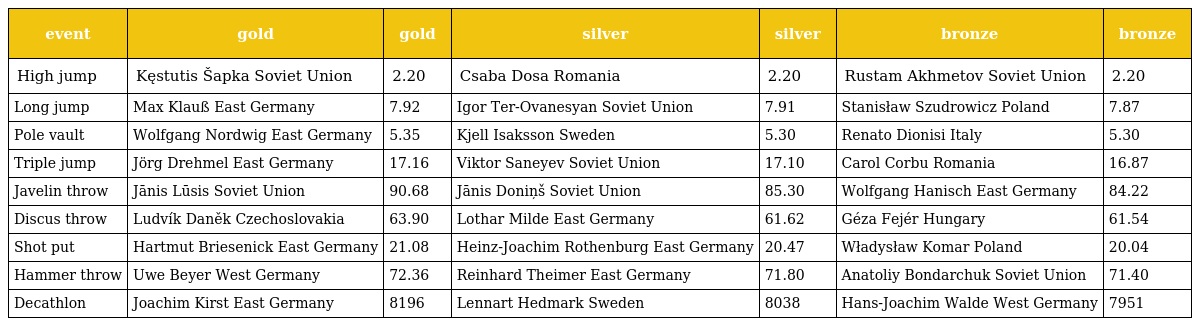
| event | gold | gold | silver | silver | bronze | bronze |
 | --- | --- | --- | --- | --- | --- | --- |
 | High jump | Kęstutis Šapka Soviet Union | 2.20 | Csaba Dosa Romania | 2.20 | Rustam Akhmetov Soviet Union | 2.20 |
 | Long jump | Max Klauß East Germany | 7.92 | Igor Ter-Ovanesyan Soviet Union | 7.91 | Stanisław Szudrowicz Poland | 7.87 |
 | Pole vault | Wolfgang Nordwig East Germany | 5.35 | Kjell Isaksson Sweden | 5.30 | Renato Dionisi Italy | 5.30 |
 | Triple jump | Jörg Drehmel East Germany | 17.16 | Viktor Saneyev Soviet Union | 17.10 | Carol Corbu Romania | 16.87 |
 | Javelin throw | Jānis Lūsis Soviet Union | 90.68 | Jānis Doniņš Soviet Union | 85.30 | Wolfgang Hanisch East Germany | 84.22 |
 | Discus throw | Ludvík Daněk Czechoslovakia | 63.90 | Lothar Milde East Germany | 61.62 | Géza Fejér Hungary | 61.54 |
 | Shot put | Hartmut Briesenick East Germany | 21.08 | Heinz-Joachim Rothenburg East Germany | 20.47 | Władysław Komar Poland | 20.04 |
 | Hammer throw | Uwe Beyer West Germany | 72.36 | Reinhard Theimer East Germany | 71.80 | Anatoliy Bondarchuk Soviet Union | 71.40 |
 | Decathlon | Joachim Kirst East Germany | 8196 | Lennart Hedmark Sweden | 8038 | Hans-Joachim Walde West Germany | 7951 |